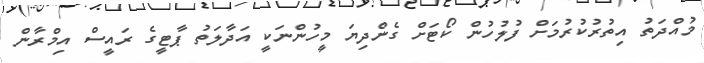
މުއްދަތު އިތުރުކުރުމަށް ފުލުހުން ކޯޓަށް ގެންދިޔަ މީހުންނަކީ އަދާލަތު ޕާޓީގެ ރައީސް އިމްރާން